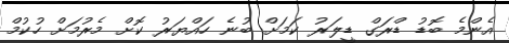
އެންމެ ބޮޑު ޑްރަގް ޑީލަރު ކަމަށް ބުނެ ހައްޔަރު ކޮށް މެރުމަށް ހުކުމް